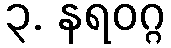
၃. နရဝဂ္ဂ